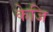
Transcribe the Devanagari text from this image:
केजि